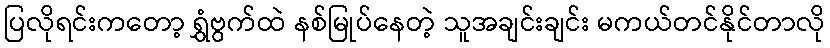
ပြလိုရင်းကတော့ ရွှံဗွက်ထဲ နစ်မြုပ်နေတဲ့ သူအချင်းချင်း မကယ်တင်နိုင်တာလို